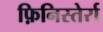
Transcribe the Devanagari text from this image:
फ़िनिस्तेर्रा